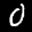
Label: 0